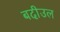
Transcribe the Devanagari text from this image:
बदीउल